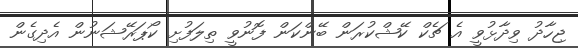
ޖިހާދު ވިދާޅުވީ އެ ޗެކް ކޭޝްކުރަން ބޭންކަން ފޮނުވީ ތިލަފުށި ކޯޕަރޭޝަނުން އެދިގެން